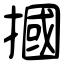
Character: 摑